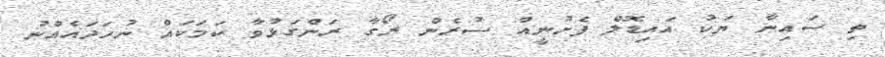
ތި ސައިނާ ޔަކު އައިޑޮލް ފެށުނީއް ސުރެން ރޯގާ ރަންގަޅުވާ ކަމަކައް ނުހަދައެއްނު